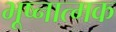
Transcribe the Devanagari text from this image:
भूष्नात्मक